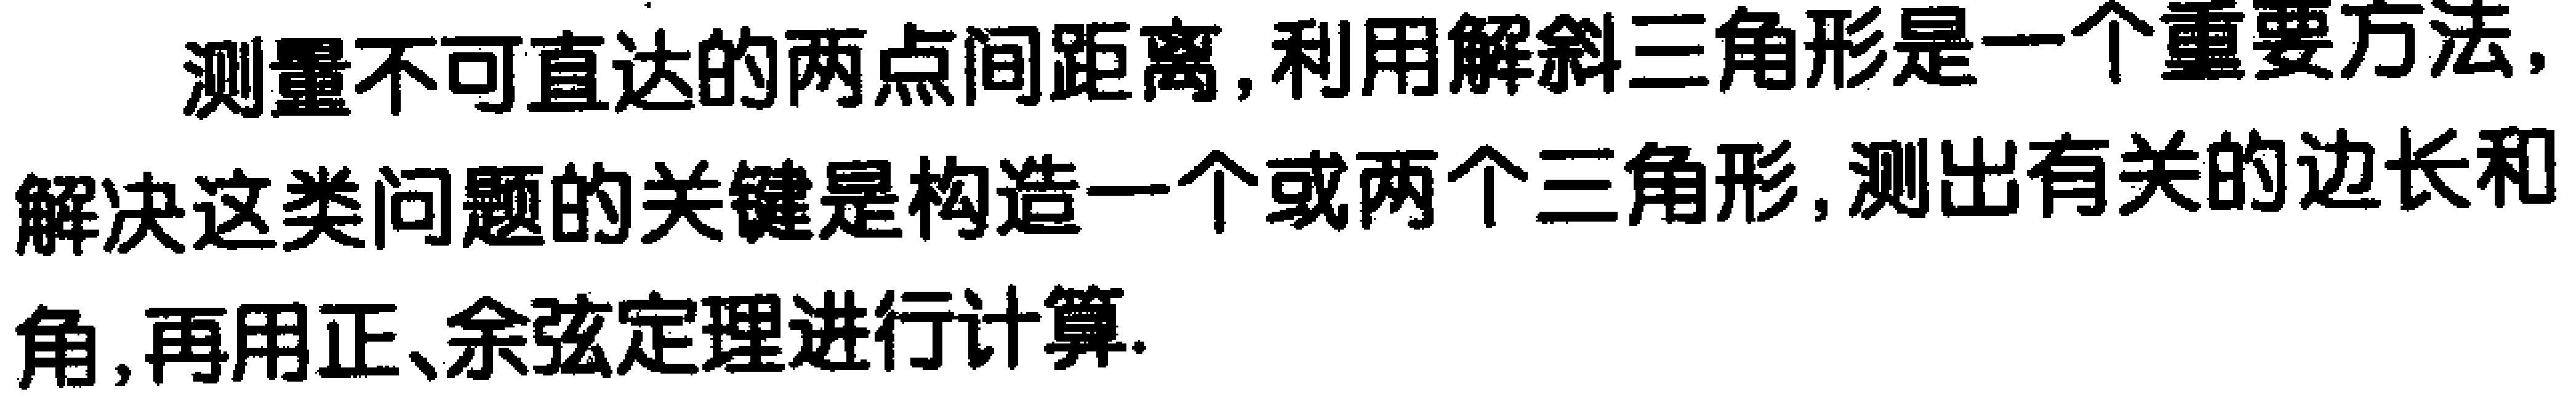
测量不可直达的两点间距离, 利用解斜三角形是一个重要方法, 解决这类问题的关键是构造一个或两个三角形, 测出有关的边长和角, 再用正、余弦定理进行计算.